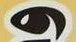
و